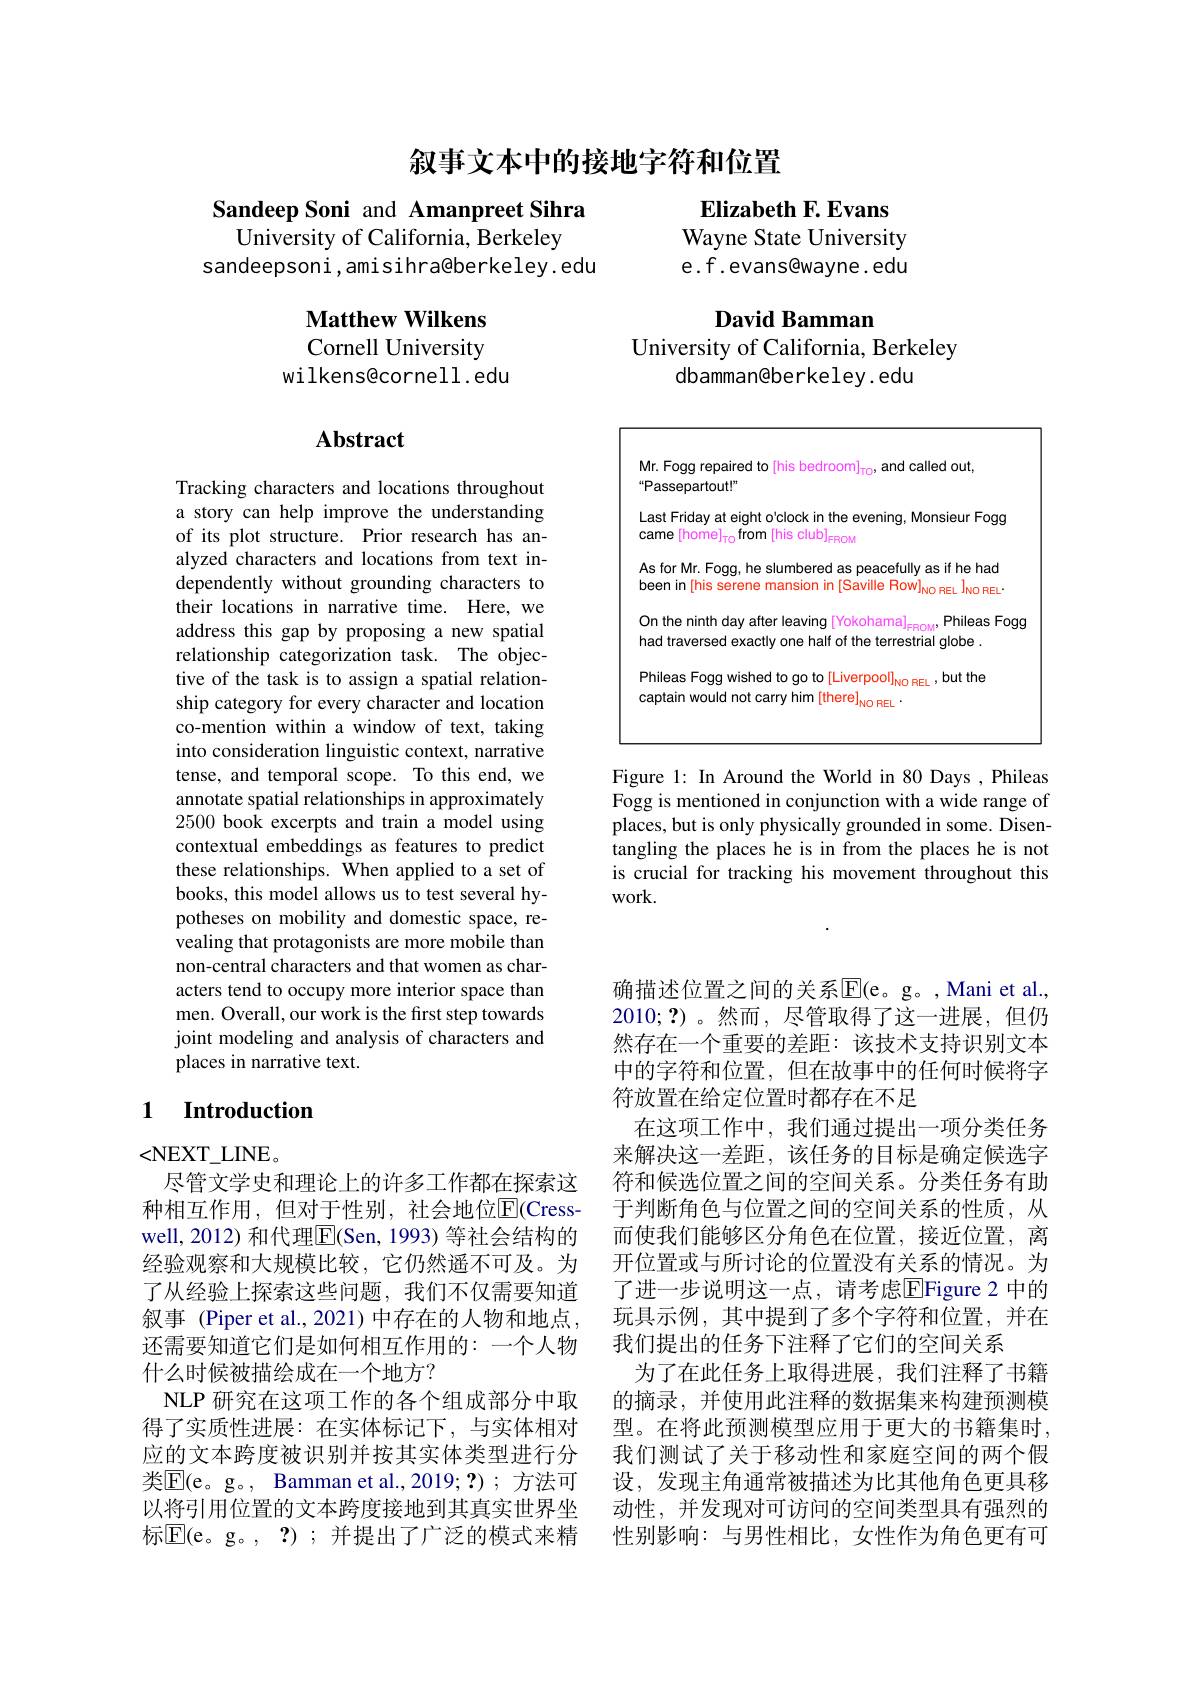
叙事文本中的接地字符和位置

Elizabeth F. Evans

Wayne State University

e.f. evans@wayne. edu

David Bamman

University of California, Berkeley
dbamman@berkeley. edu

## Sandeep Soni and Amanpreet Sihra University of California, Berkeley sandeepsoni,amisihra@berkeley. edu

Matthew Wilkens Cornell University
wilkens@cornell.edu

## Abstract

Tracking characters and locations throughout a story can help improve the understanding of its plot structure. Prior research has analyzed characters and locations from text independently without grounding characters to their locations in narrative time. Here, we address this gap by proposing a new spatial relationship categorization task. The objective of the task is to assign a spatial relationship category for every character and location co-mention within a window of text, taking into consideration linguistic context, narrative tense, and temporal scope. To this end, we annotate spatial relationships in approximately 2500 book excerpts and train a model using contextual embeddings as features to predict these relationships. When applied to a set of books, this model allows us to test several hypotheses on mobility and domestic space, revealing that protagonists are more mobile than non-central characters and that women as characters tend to occupy more interior space than men. Overall, our work is the first step towards joint modeling and analysis of characters and places in narrative text.

### 1 $\textbf{Introduction}$

<NEXT\_LINE。
尽管文学史和理论上的许多工作都在探索这种相互作用，但对于性别，社会地位$\overline{\mathrm{E}}($Cress well, 2012) 和代理$\overline{\mathrm{E}}($Sen, 1993) 等社会结构的经验观察和大规模比较，它仍然遥不可及。为了从经验上探索这些问题，我们不仅需要知道叙事 (Piper et al., 2021) 中存在的人物和地点， 还需要知道它们是如何相互作用的：一个人物什么时候被描绘成在一个地方？
NLP 研究在这项工作的各个组成部分中取得了实质性进展：在实体标记下，与实体相对应的文本跨度被识别并按其实体类型进行分类$\mathbb{E}($e。g。, Bamman et al.,2019;?);方法可以将引用位置的文本跨度接地到其真实世界坐标$\overline{\mathrm{E}}($e。g。,?);并提出了广泛的模式来精

<FigureHere>

Figure 1: In Around the World in 80 Days, Phileas Fogg is mentioned in conjunction with a wide range of places, but is only physically grounded in some. Disentangling the places he is in from the places he is not is crucial for tracking his movement throughout this work.

$\cdot$

确描述位置之间的关系$\mathbb{E}($e。g。,Mani et al., 2010;?)。然而，尽管取得了这一进展，但仍然存在一个重要的差距：该技术支持识别文本中的字符和位置，但在故事中的任何时候将字符放置在给定位置时都存在不足
在这项工作中，我们通过提出一项分类任务来解决这一差距，该任务的目标是确定候选字符和候选位置之间的空间关系。分类任务有助于判断角色与位置之间的空间关系的性质，从而使我们能够区分角色在位置，接近位置，离开位置或与所讨论的位置没有关系的情况。为了进一步说明这一点，请考虑$\overline{\mathrm{E}}$Figure 2 中的玩具示例，其中提到了多个字符和位置，并在我们提出的任务下注释了它们的空间关系
为了在此任务上取得进展，我们注释了书籍的摘录，并使用此注释的数据集来构建预测模型。在将此预测模型应用于更大的书籍集时， 我们测试了关于移动性和家庭空间的两个假设，发现主角通常被描述为比其他角色更具移动性，并发现对可访问的空间类型具有强烈的性别影响：与男性相比，女性作为角色更有可